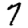
Digit: 7